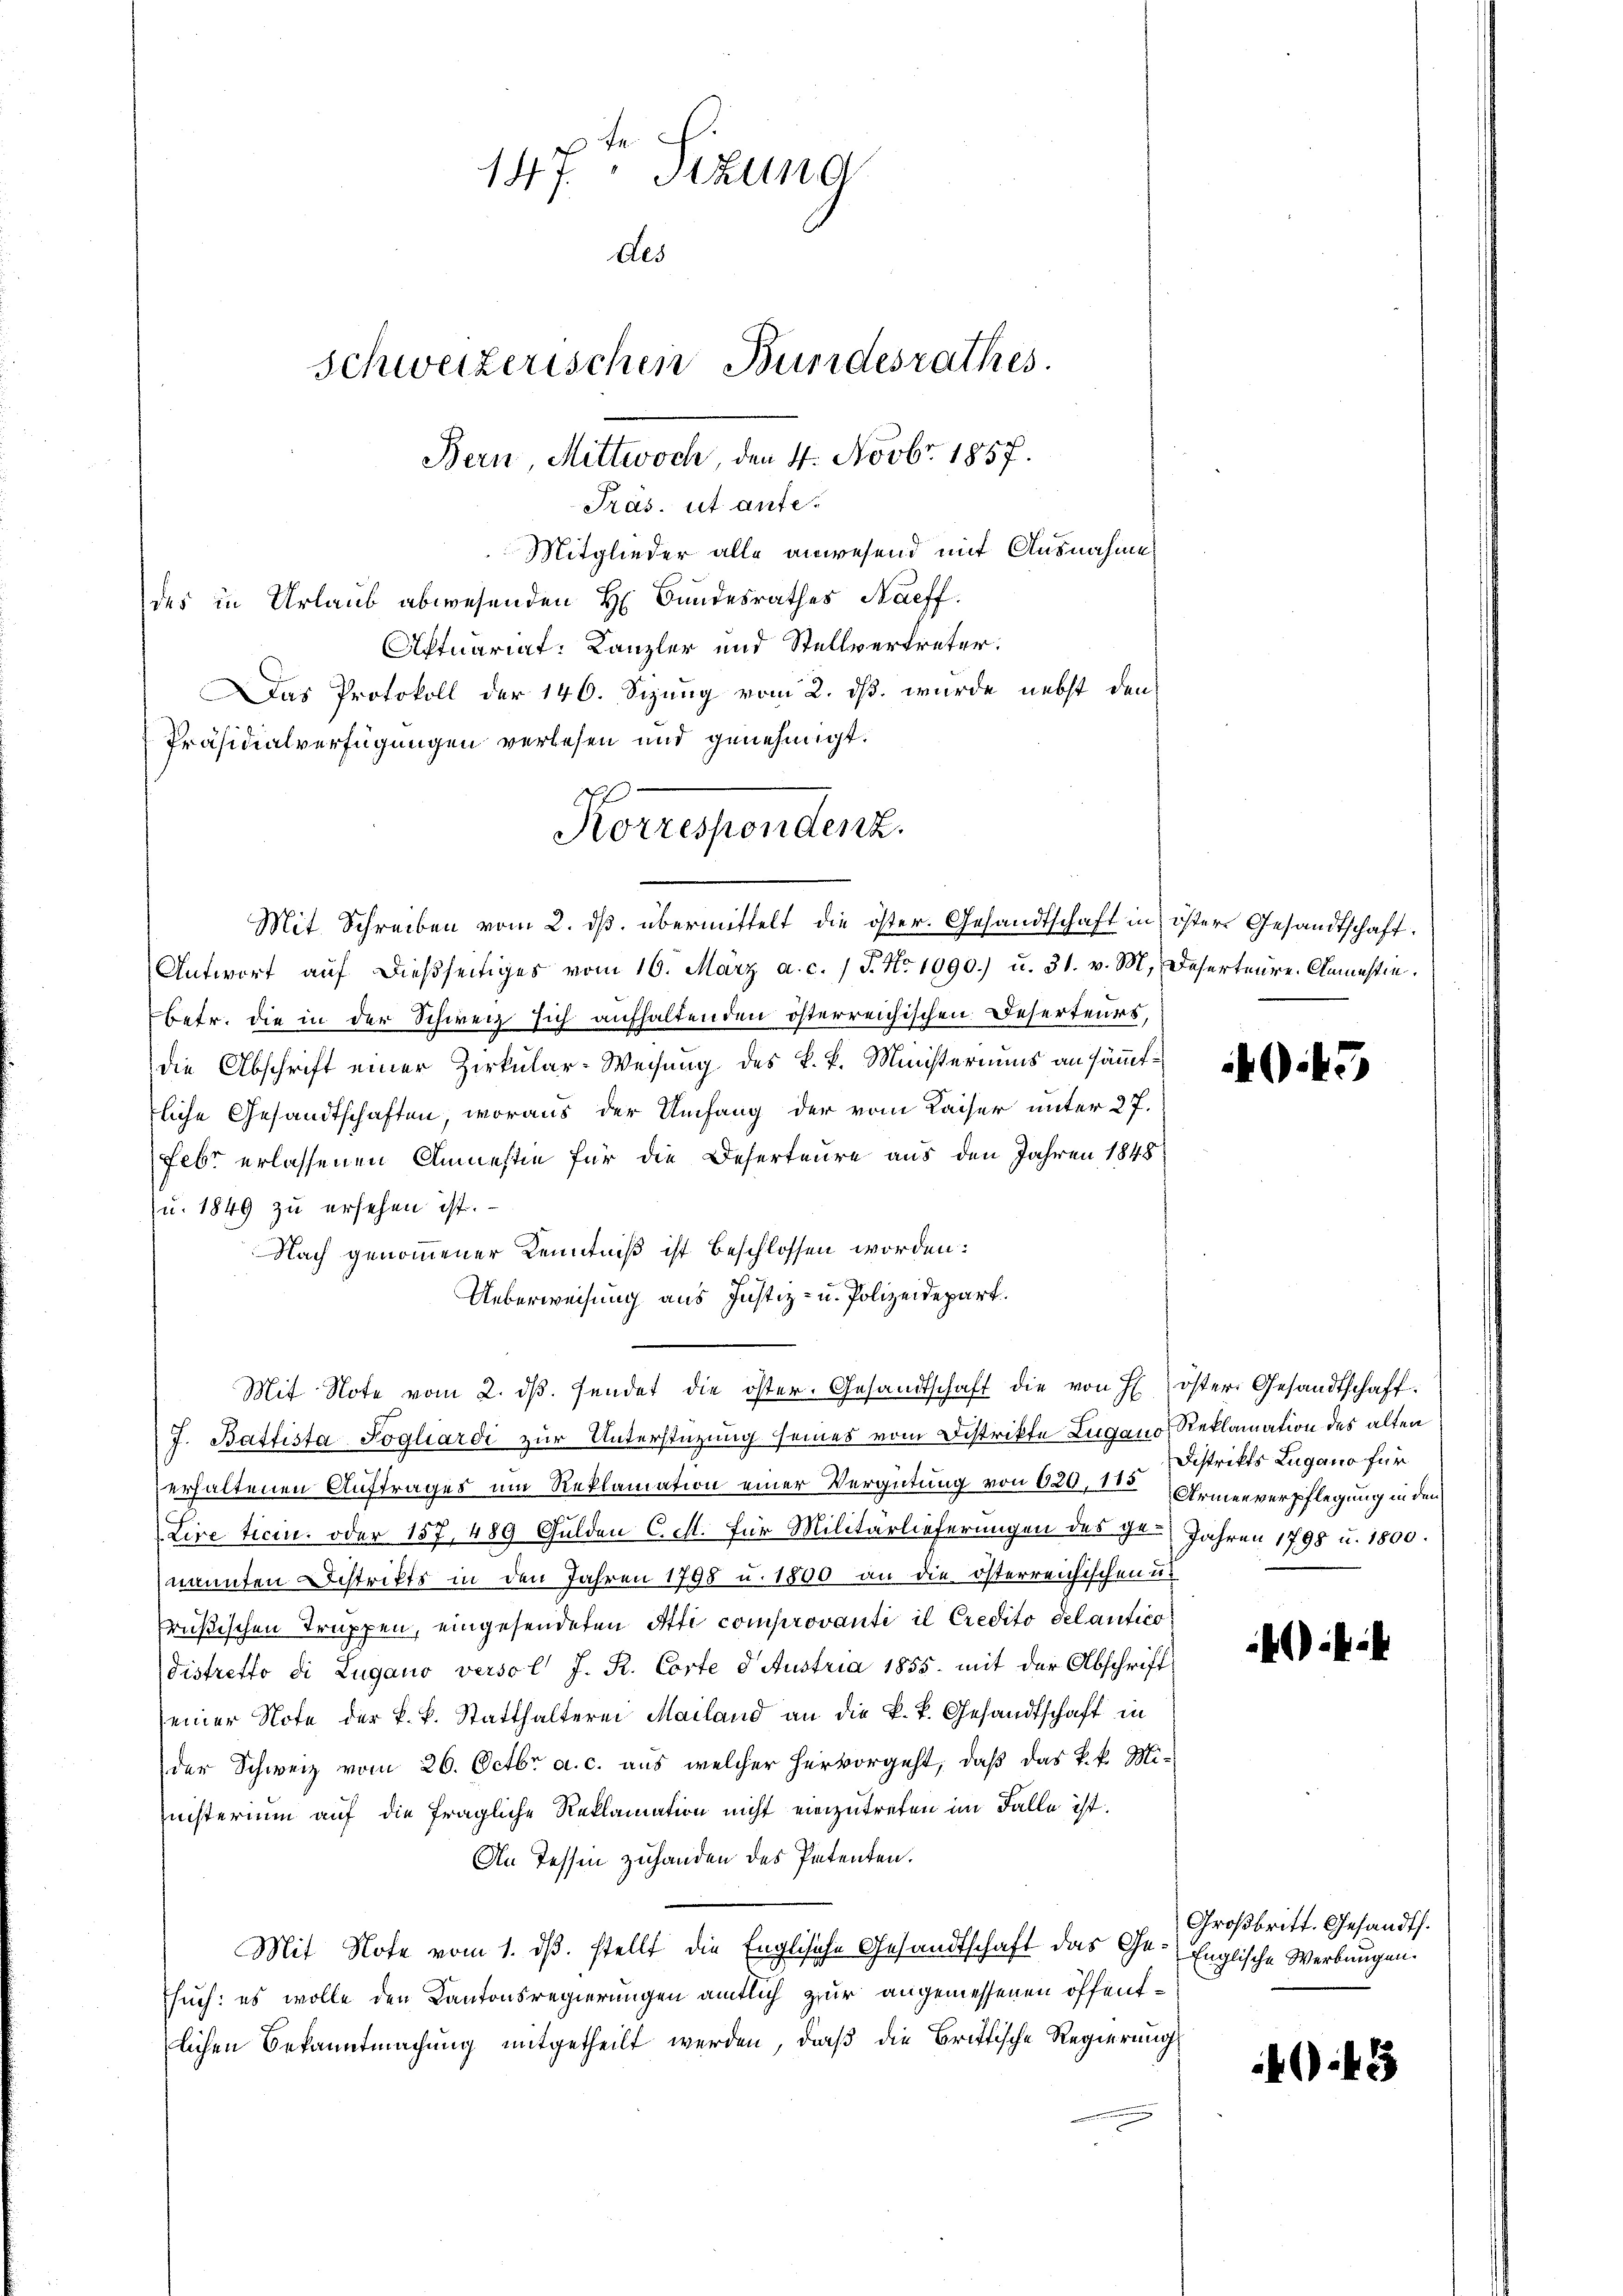
J
147. Sizung
des
Schweizerischen Bundesrathes.
Bern, Mittwoch, den 4. Novbr. 1857.

Präs. ut aufe¬
Mitglieder alle anwesend mit Ausnahme
des in Urlaub abwesenden H. Bundesrathes Naeff.
Aktuariat. Kanzler und Stellvertreter:
Das Protokoll der 146. Sizung vom 2. ds. wurde nebst den
Präsidialverfügungen verlesen und genehmigt.
Mit Schreiben vom 2. ds. übermittelt die öster. Gesandtschaft in öster Gesandtschaft
Antwort aŭf dießseitiges vom 16. März a. c. 1 J. No 1090.) u. 31. v. M. Deserteure. Damastie.
betr. die in der Schweiz sich aufhaltenden österreichischen Deserteurs,
die Abschrift einer Zirkular-Weisung des k. k. Ministeriums an sämmtliche Gesandtschaften, woraus der Umfang der vom Kaiser unter 27.
Febr erlassenen Anmestie für die Deserteure aus den Jahren 1848
u. 1849 zu ersehen ist.
Nach genommener Kenntniß ist beschlossen worden:
Ueberweisung aus Justiz- u. Polizeidepart.
Mit Note vom 2. dβ. sendet die öster. Gesandtschaft die von H öster Gesandtschaft.
J. Batfissa Fogliardi zur Unterstüzung seines vom Distrikte Lugano, Reklamation des alten
erhaltenen Auftrages um Reklamation einer Vergütung von 620, 12 Armenverpflegung in den
Lire ticen oder 157, 489 Gulden C. St. Für Militärlieferungen des ge Jahren 1798 u. 1800.
nannten Distrikts in den Jahren 1798 u. 1800 an die österreichischen u.
rußischen Truppen, eingesendeten Atti comprovanti il Credito del antico
distretto di Lugano versol J. R. Corte d. Austria 1855. mit der Abschrift
einer Note der k. k. Statthalterei Mailand an die k. k. Gesandtschaft in
der Schweiz vom 26. Octbr. a. c. aus welcher hervorgeht, daß das k. k. Mi-
inisterium auf die fragliche Reklamation nicht einzutreten im Falle ist.
An Tessin zuhanden des Petenten.
Mit Note vom 1. dß. stellt die Englische Gesandtschaft das Ge- Englische Werbungen.
such: es wolle den Kantonsregierungen amtlich zur angemessenen öffentlichen Bekanntmachung mitgetheilt werden, daß die Brittische Regierungs

Korrespondenz.

445

Distrikts Lugano für

k

Großbritt. Gesandt.

O.43